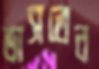
ভাসতেন